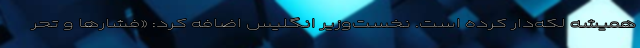
همیشه لکه‌دار کرده است. نخست‌وزیر انگلیس اضافه کرد: «فشارها و تحر